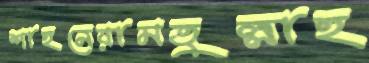
শাহনেয়ামতুল্লাহ